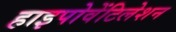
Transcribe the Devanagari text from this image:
हाइपोवेंटिलेशन